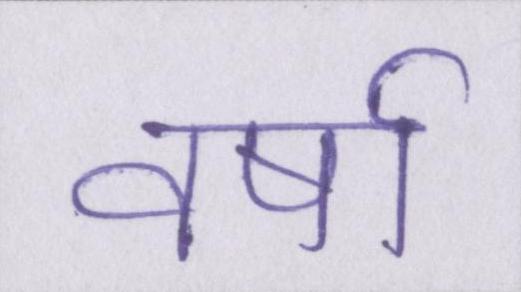
वर्षा